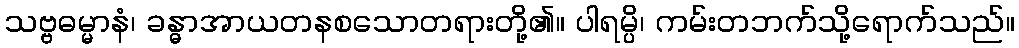
သဗ္ဗဓမ္မာနံ၊ ခန္ဓာအာယတနစသောတရားတို့၏။ ပါရမ္ပိ၊ ကမ်းတဘက်သို့ရောက်သည်။